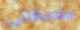
ملاحظاتي